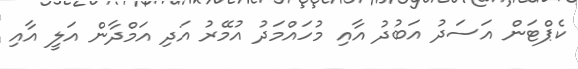
ކެޕްޓަން އަސަދު އަބުދު އާއި މުހައްމަދު އުމޭރު އަދި އަމްދާން އަލީ އާއި